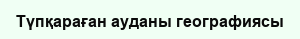
Түпқараған ауданы географиясы